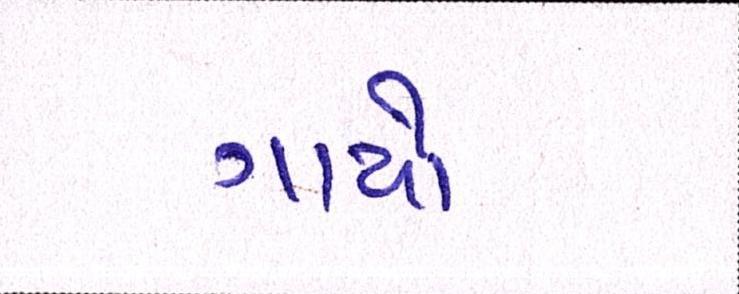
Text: ગાયો